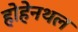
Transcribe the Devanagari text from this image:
होहेनथल